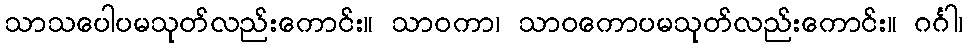
သာသပေါပမသုတ်လည်းကောင်း။ သာဝကာ၊ သာဝကောပမသုတ်လည်းကောင်း။ ဂင်္ဂါ၊